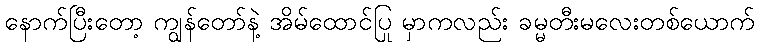
နောက်ပြီးတော့ ကျွန်တော်နဲ့ အိမ်ထောင်ပြု မှာကလည်း ခမ္မတီးမလေးတစ်ယောက်